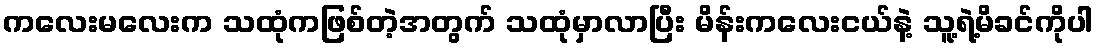
ကလေးမလေးက သထုံကဖြစ်တဲ့အတွက် သထုံမှာလာပြီး မိန်းကလေးငယ်နဲ့ သူ့ရဲ့မိခင်ကိုပါ